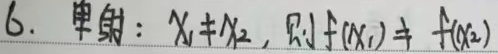
6. 单射：若\(x_1\neq x_2\)，则\(f(x_1)\neq f(x_2)\)